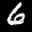
Label: 6